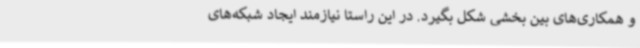
و همکاری‌های بین بخشی شکل بگیرد. در این راستا نیازمند ایجاد شبکه‌های